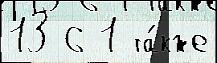
13 6 1 та́кже